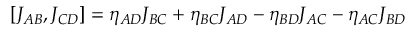
[ J _ { A B } , J _ { C D } ] = \eta _ { A D } J _ { B C } + \eta _ { B C } J _ { A D } - \eta _ { B D } J _ { A C } - \eta _ { A C } J _ { B D }